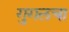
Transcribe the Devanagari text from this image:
गुगलचा